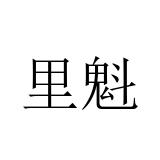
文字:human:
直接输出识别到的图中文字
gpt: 里魁